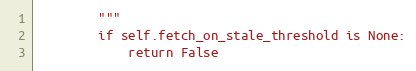
Language: Python
        """
        if self.fetch_on_stale_threshold is None:
            return False